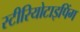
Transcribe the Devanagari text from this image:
स्टीरियोटाइपिंग